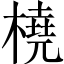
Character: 橈